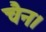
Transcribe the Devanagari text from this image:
चैन।